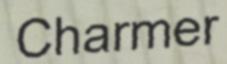
Charmer